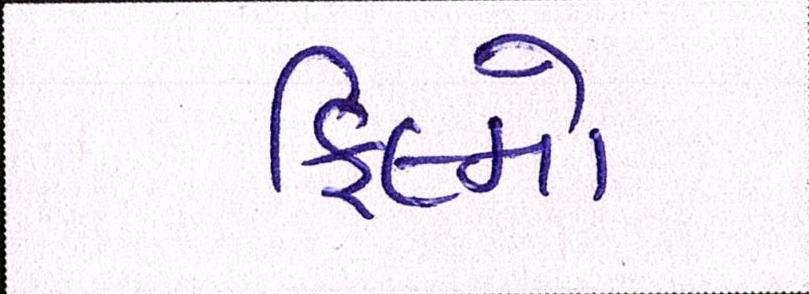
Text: ફિલ્મો